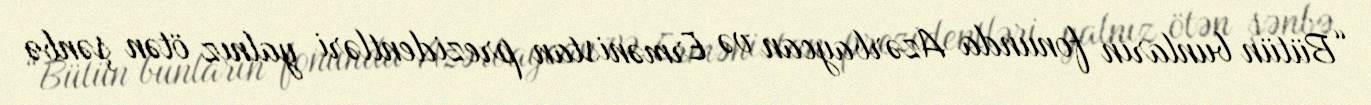
“Bütün bunların fonunda Azərbaycan və Ermənistan prezidentləri yalnız ötən şənbə